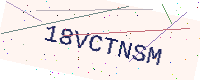
Text: 18VCTNSM